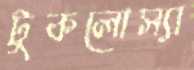
টুকলোস্যা